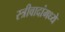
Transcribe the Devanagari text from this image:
स्त्रीवादांमध्ये